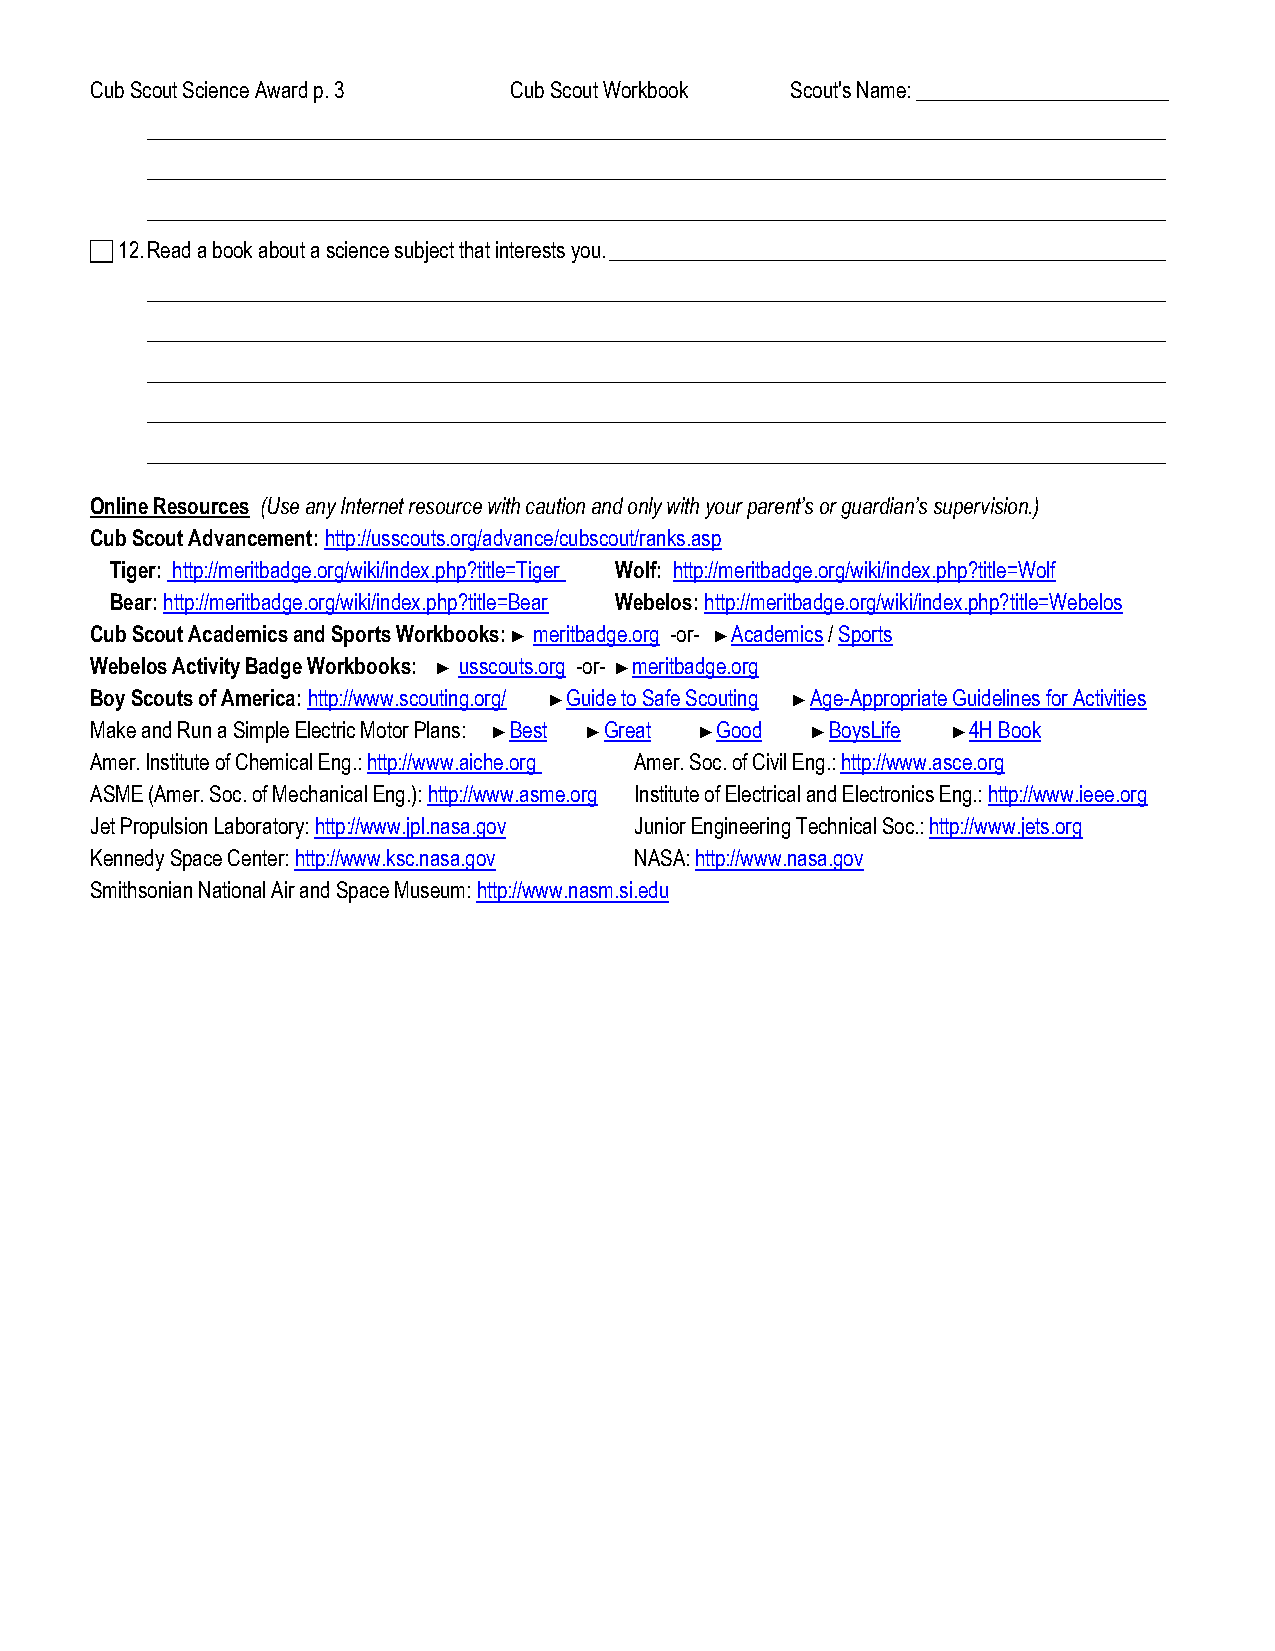
Cub Scout Science Award p. 3 Cub Scout Workbook Scout's Name: ________________________
 _________________________________________________________________________________________________
 _________________________________________________________________________________________________
 _________________________________________________________________________________________________
  12. Read a book about a science subject that interests you. _____________________________________________________
 _________________________________________________________________________________________________
 _________________________________________________________________________________________________
 _________________________________________________________________________________________________
 _________________________________________________________________________________________________
 _________________________________________________________________________________________________
 Online Resources (Use any Internet resource with caution and only with your parent’s or guardian’s supervision.)
 Cub Scout Advancement: http://usscouts.org/advance/cubscout/ranks.asp
 Tiger: http://meritbadge.org/wiki/index.php?title=Tiger Wolf: http://meritbadge.org/wiki/index.php?title=Wolf
 Bear: http://meritbadge.org/wiki/index.php?title=Bear Webelos: http://meritbadge.org/wiki/index.php?title=Webelos
 Cub Scout Academics and Sports Workbooks: ► meritbadge.org -or- ►Academics / Sports
 Webelos Activity Badge Workbooks: ► usscouts.org -or- ►meritbadge.org
 Boy Scouts of America: http://www.scouting.org/ ►Guide to Safe Scouting ►Age-Appropriate Guidelines for Activities
 Make and Run a Simple Electric Motor Plans: ►Best ►Great ►Good ►BoysLife ►4H Book
 Amer. Institute of Chemical Eng.: http://www.aiche.org Amer. Soc. of Civil Eng.: http://www.asce.org
 ASME (Amer. Soc. of Mechanical Eng.): http://www.asme.org Institute of Electrical and Electronics Eng.: http://www.ieee.org
 Jet Propulsion Laboratory: http://www.jpl.nasa.gov Junior Engineering Technical Soc.: http://www.jets.org
 Kennedy Space Center: http://www.ksc.nasa.gov NASA: http://www.nasa.gov
 Smithsonian National Air and Space Museum: http://www.nasm.si.edu